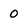
Character: 0